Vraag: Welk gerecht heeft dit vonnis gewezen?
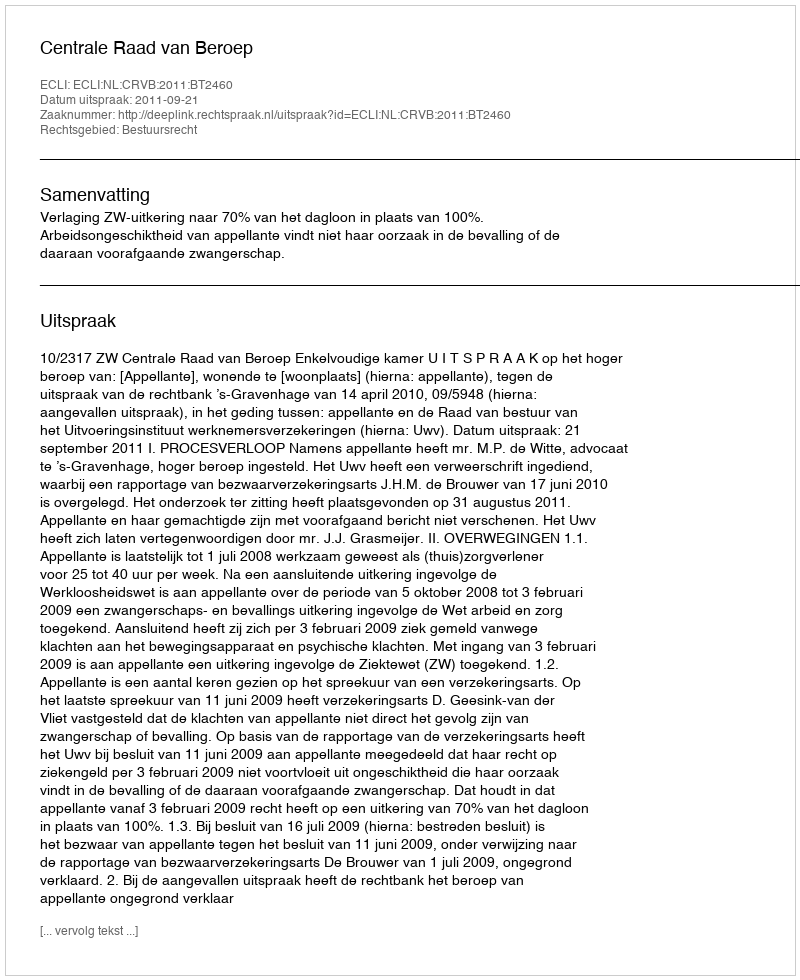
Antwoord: Centrale Raad van Beroep